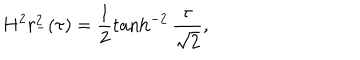
LaTeX: H ^ { 2 } r _ { - } ^ { 2 } ( \tau ) = \frac { 1 } { 2 } \tanh ^ { - 2 } \frac { \tau } { \sqrt { 2 } } ,